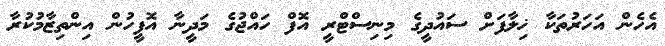
އެހެން އަހަރުތަކާ ޚިލާފަށް ސައުދީގެ މިނިސްޓްރީ އޮފް ހައްޖުގެ މަދީނާ އޮފީހުން އިންތިޒާމުކުރާ